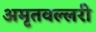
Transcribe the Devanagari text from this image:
अमृतवल्लरी